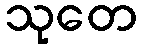
သုတေ